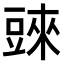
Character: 𧯲